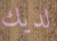
لديك